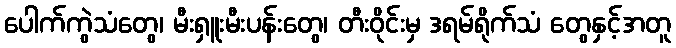
ပေါက်ကွဲသံတွေ၊ မီးရှူးမီးပန်းတွေ၊ တီးဝိုင်းမှ ဒရမ်ရိုက်သံ တွေနှင့်အတူ